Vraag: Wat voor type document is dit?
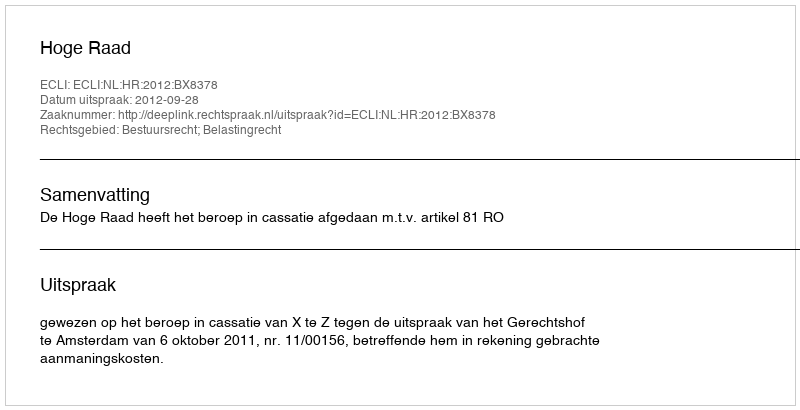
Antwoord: Uitspraak